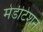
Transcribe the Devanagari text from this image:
मेडीटेशन